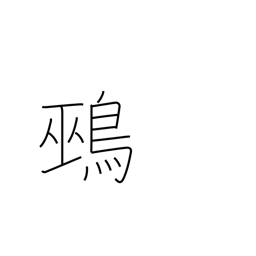
Meaning: unmottled quail